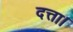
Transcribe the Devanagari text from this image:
दत्ता।